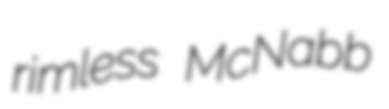
rimless McNabb